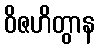
ဝိဇဟိတွာန